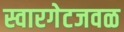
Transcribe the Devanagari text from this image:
स्वारगेटजवळ